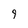
Character: 9